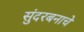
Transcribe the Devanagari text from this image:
सुंदरबनाचे